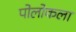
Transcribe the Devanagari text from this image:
पोलोकला